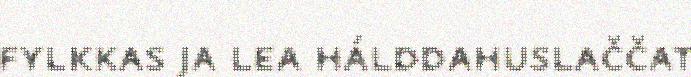
fylkkas ja lea hálddahuslaččat